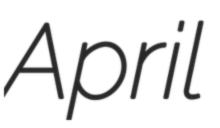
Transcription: April